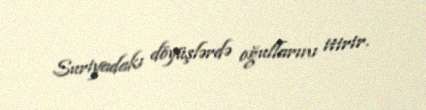
Suriyadakı döyüşlərdə oğullarını itirir.